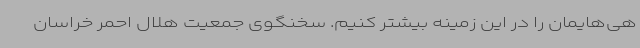
هی‌هایمان را در این زمینه بیشتر کنیم. سخنگوی جمعیت هلال احمر خراسان